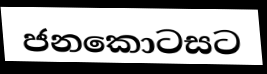
ජනකොටසට